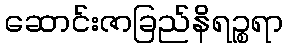
ဆောင်းဇာခြည်နိရဉ္စရာ